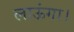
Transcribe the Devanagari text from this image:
लाऊंगा।